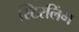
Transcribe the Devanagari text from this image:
स्टिरलिंग